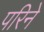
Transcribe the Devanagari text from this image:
परिने